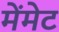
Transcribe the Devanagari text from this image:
मेंमेट